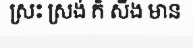
ស្រះ ស្រង់ ក៏ សឹង មាន